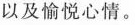
以及愉悦心情。